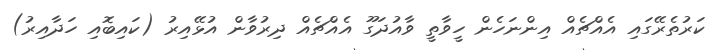
ކަރުތެރޭގައި އެއްޗެއް އިންނަހެން ހީވާތީ ވާއުދަގޫ އެއްޗެއް ދިރުވާން އުޅޭއިރު (ކައިބޮއި ހަދާއިރު)